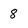
Character: 8